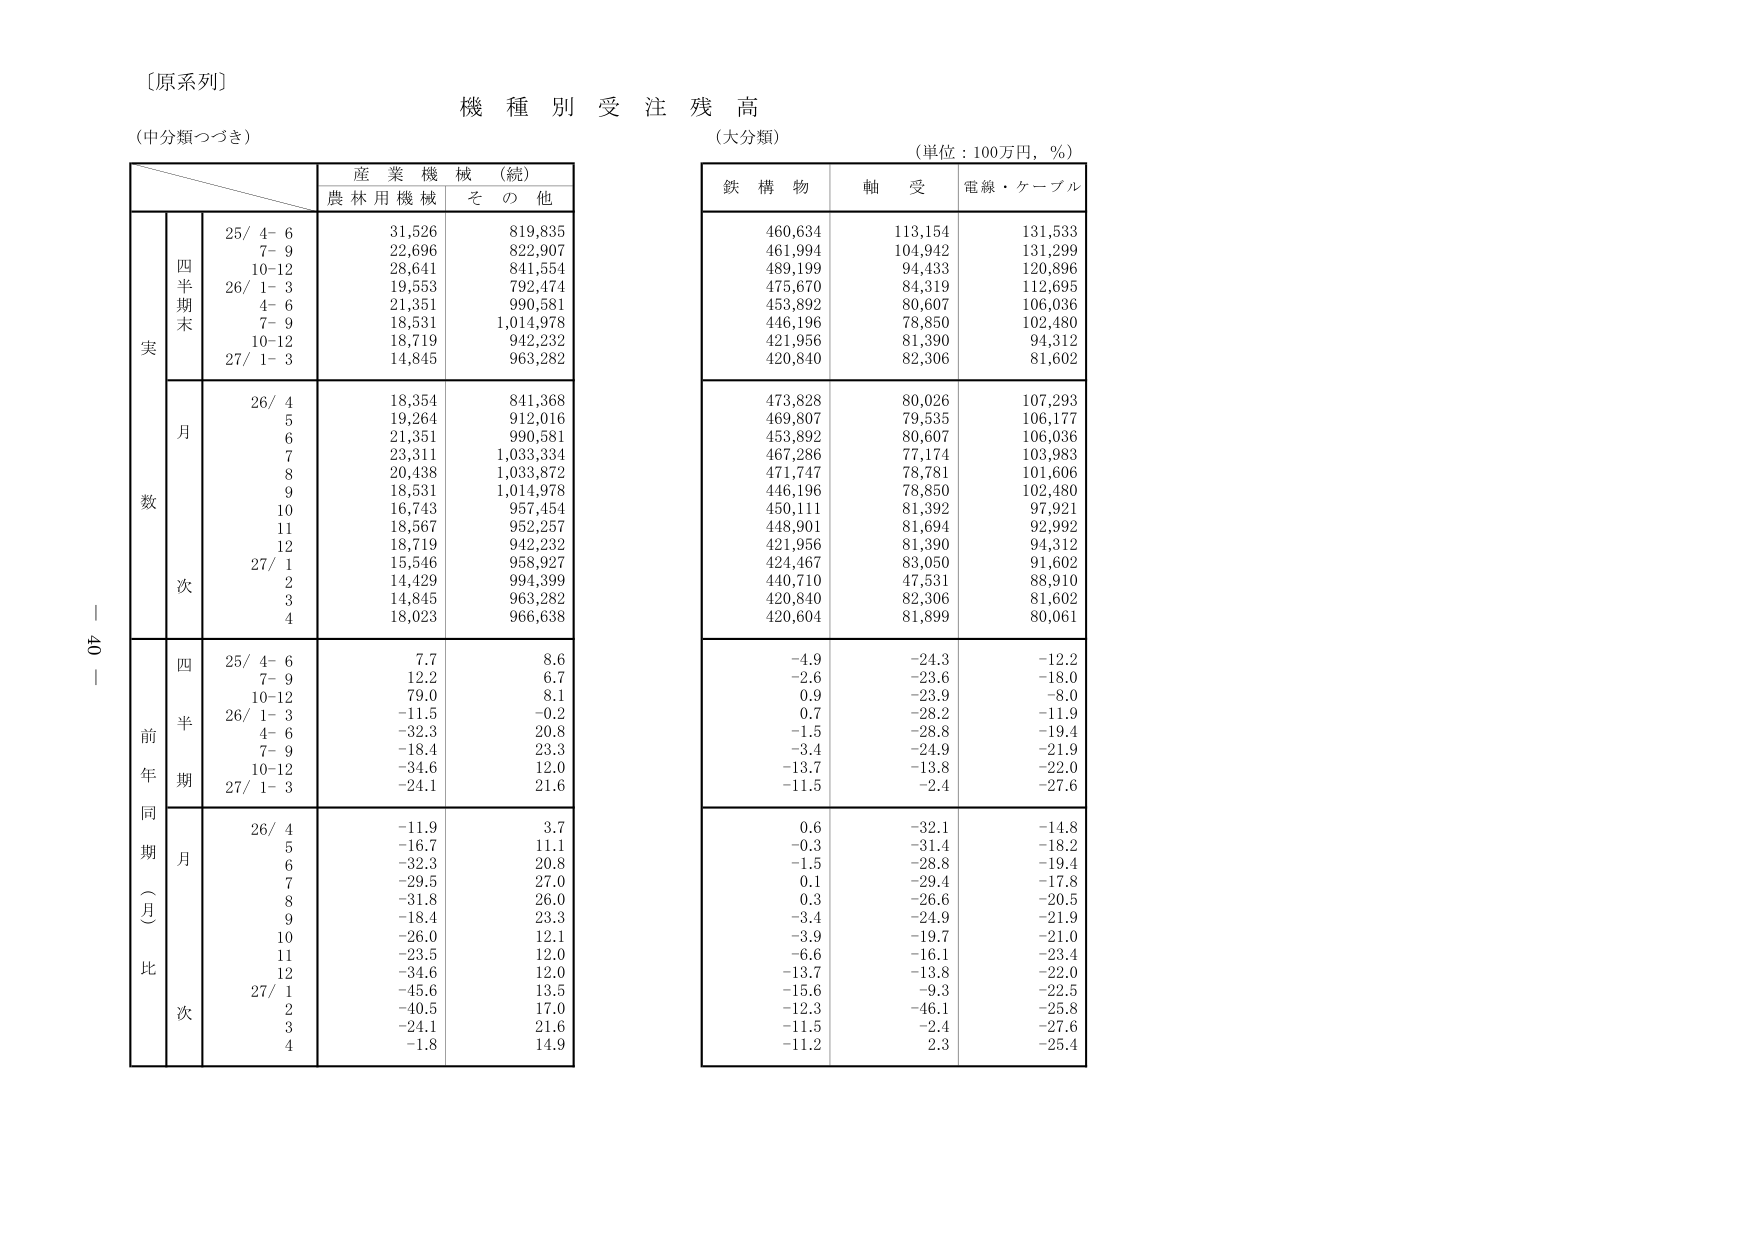
〔原系列〕
機種別受注残高
（中分類つづき）
（大分類）
（単位：100万円，％）

産業機械（続）
農林用機械　その他

実
四半期末
25/ 4- 6　　31,526　　819,835
　　7- 9　　22,696　　822,907
　　10-12　28,641　　841,554
26/ 1- 3　　19,553　　792,474
　　4- 6　　21,351　　990,581
　　7- 9　　18,531　　1,014,978
　　10-12　18,719　　942,232
27/ 1- 3　　14,845　　963,282

数
月
26/ 4　　18,354　　841,368
　　5　　19,264　　912,016
　　6　　21,351　　990,581
　　7　　23,311　　1,033,334
　　8　　20,438　　1,033,872
　　9　　18,531　　1,014,978
　　10　　16,743　　957,454
　　11　　18,567　　952,257
　　12　　18,719　　942,232
27/ 1　　15,546　　958,927
　　2　　14,429　　994,399
　　3　　14,845　　963,282
　　4　　18,023　　966,638

前年同期（月）比
四半期
25/ 4- 6　　7.7　　8.6
　　7- 9　　12.2　　6.7
　　10-12　79.0　　8.1
26/ 1- 3　　-11.5　　-0.2
　　4- 6　　-32.3　　20.8
　　7- 9　　-18.4　　23.3
　　10-12　-34.6　　12.0
27/ 1- 3　　-24.1　　21.6

月次
26/ 4　　-11.9　　3.7
　　5　　-16.7　　11.1
　　6　　-32.3　　20.8
　　7　　-29.5　　27.0
　　8　　-31.8　　26.0
　　9　　-18.4　　23.3
　　10　　-26.0　　12.1
　　11　　-23.5　　12.0
　　12　　-34.6　　12.0
27/ 1　　-45.6　　13.5
　　2　　-40.5　　17.0
　　3　　-24.1　　21.6
　　4　　-1.8　　14.9

鉄構物　軸受　電線・ケーブル
460,634　113,154　131,533
461,994　104,942　131,299
489,199　94,433　120,896
475,670　84,319　112,695
453,892　80,607　106,036
446,196　78,850　102,480
421,956　81,390　94,312
420,840　82,306　81,602

473,828　80,026　107,293
469,807　79,535　106,177
453,892　80,607　106,036
467,286　77,174　103,983
471,747　78,781　101,606
446,196　78,850　102,480
450,111　81,392　97,921
448,901　81,694　92,992
421,956　81,390　94,312
424,467　83,050　91,602
440,710　47,531　88,910
420,840　82,306　81,602
420,604　81,899　80,061

-4.9　-24.3　-12.2
-2.6　-23.6　-18.0
0.9　-23.9　-8.0
0.7　-28.2　-11.9
-1.5　-28.8　-19.4
-3.4　-24.9　-21.9
-13.7　-13.8　-22.0
-11.5　-2.4　-27.6

0.6　-32.1　-14.8
-0.3　-31.4　-18.2
-1.5　-28.8　-19.4
0.1　-29.4　-17.8
0.3　-26.6　-20.5
-3.4　-24.9　-21.9
-3.9　-19.7　-21.0
-6.6　-16.1　-23.4
-13.7　-13.8　-22.0
-15.6　-9.3　-22.5
-12.3　-46.1　-25.8
-11.5　-2.4　-27.6
-11.2　2.3　-25.4

40